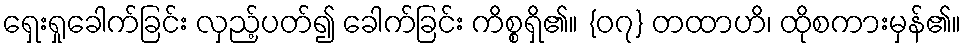
ရှေးရှုခေါက်ခြင်း လှည့်ပတ်၍ ခေါက်ခြင်း ကိစ္စရှိ၏။ {၀၇} တထာဟိ၊ ထိုစကားမှန်၏။